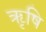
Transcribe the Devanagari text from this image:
ॠृषि